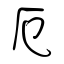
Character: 厄